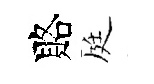
賂庭